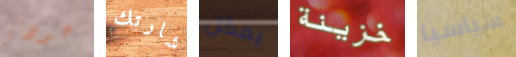
عودتى شارتك يمكن خزينة سياسيا